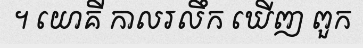
។ យោគី កាលរលឹក ឃើញ ពួក